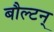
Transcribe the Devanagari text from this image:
बौल्‍टन्‌